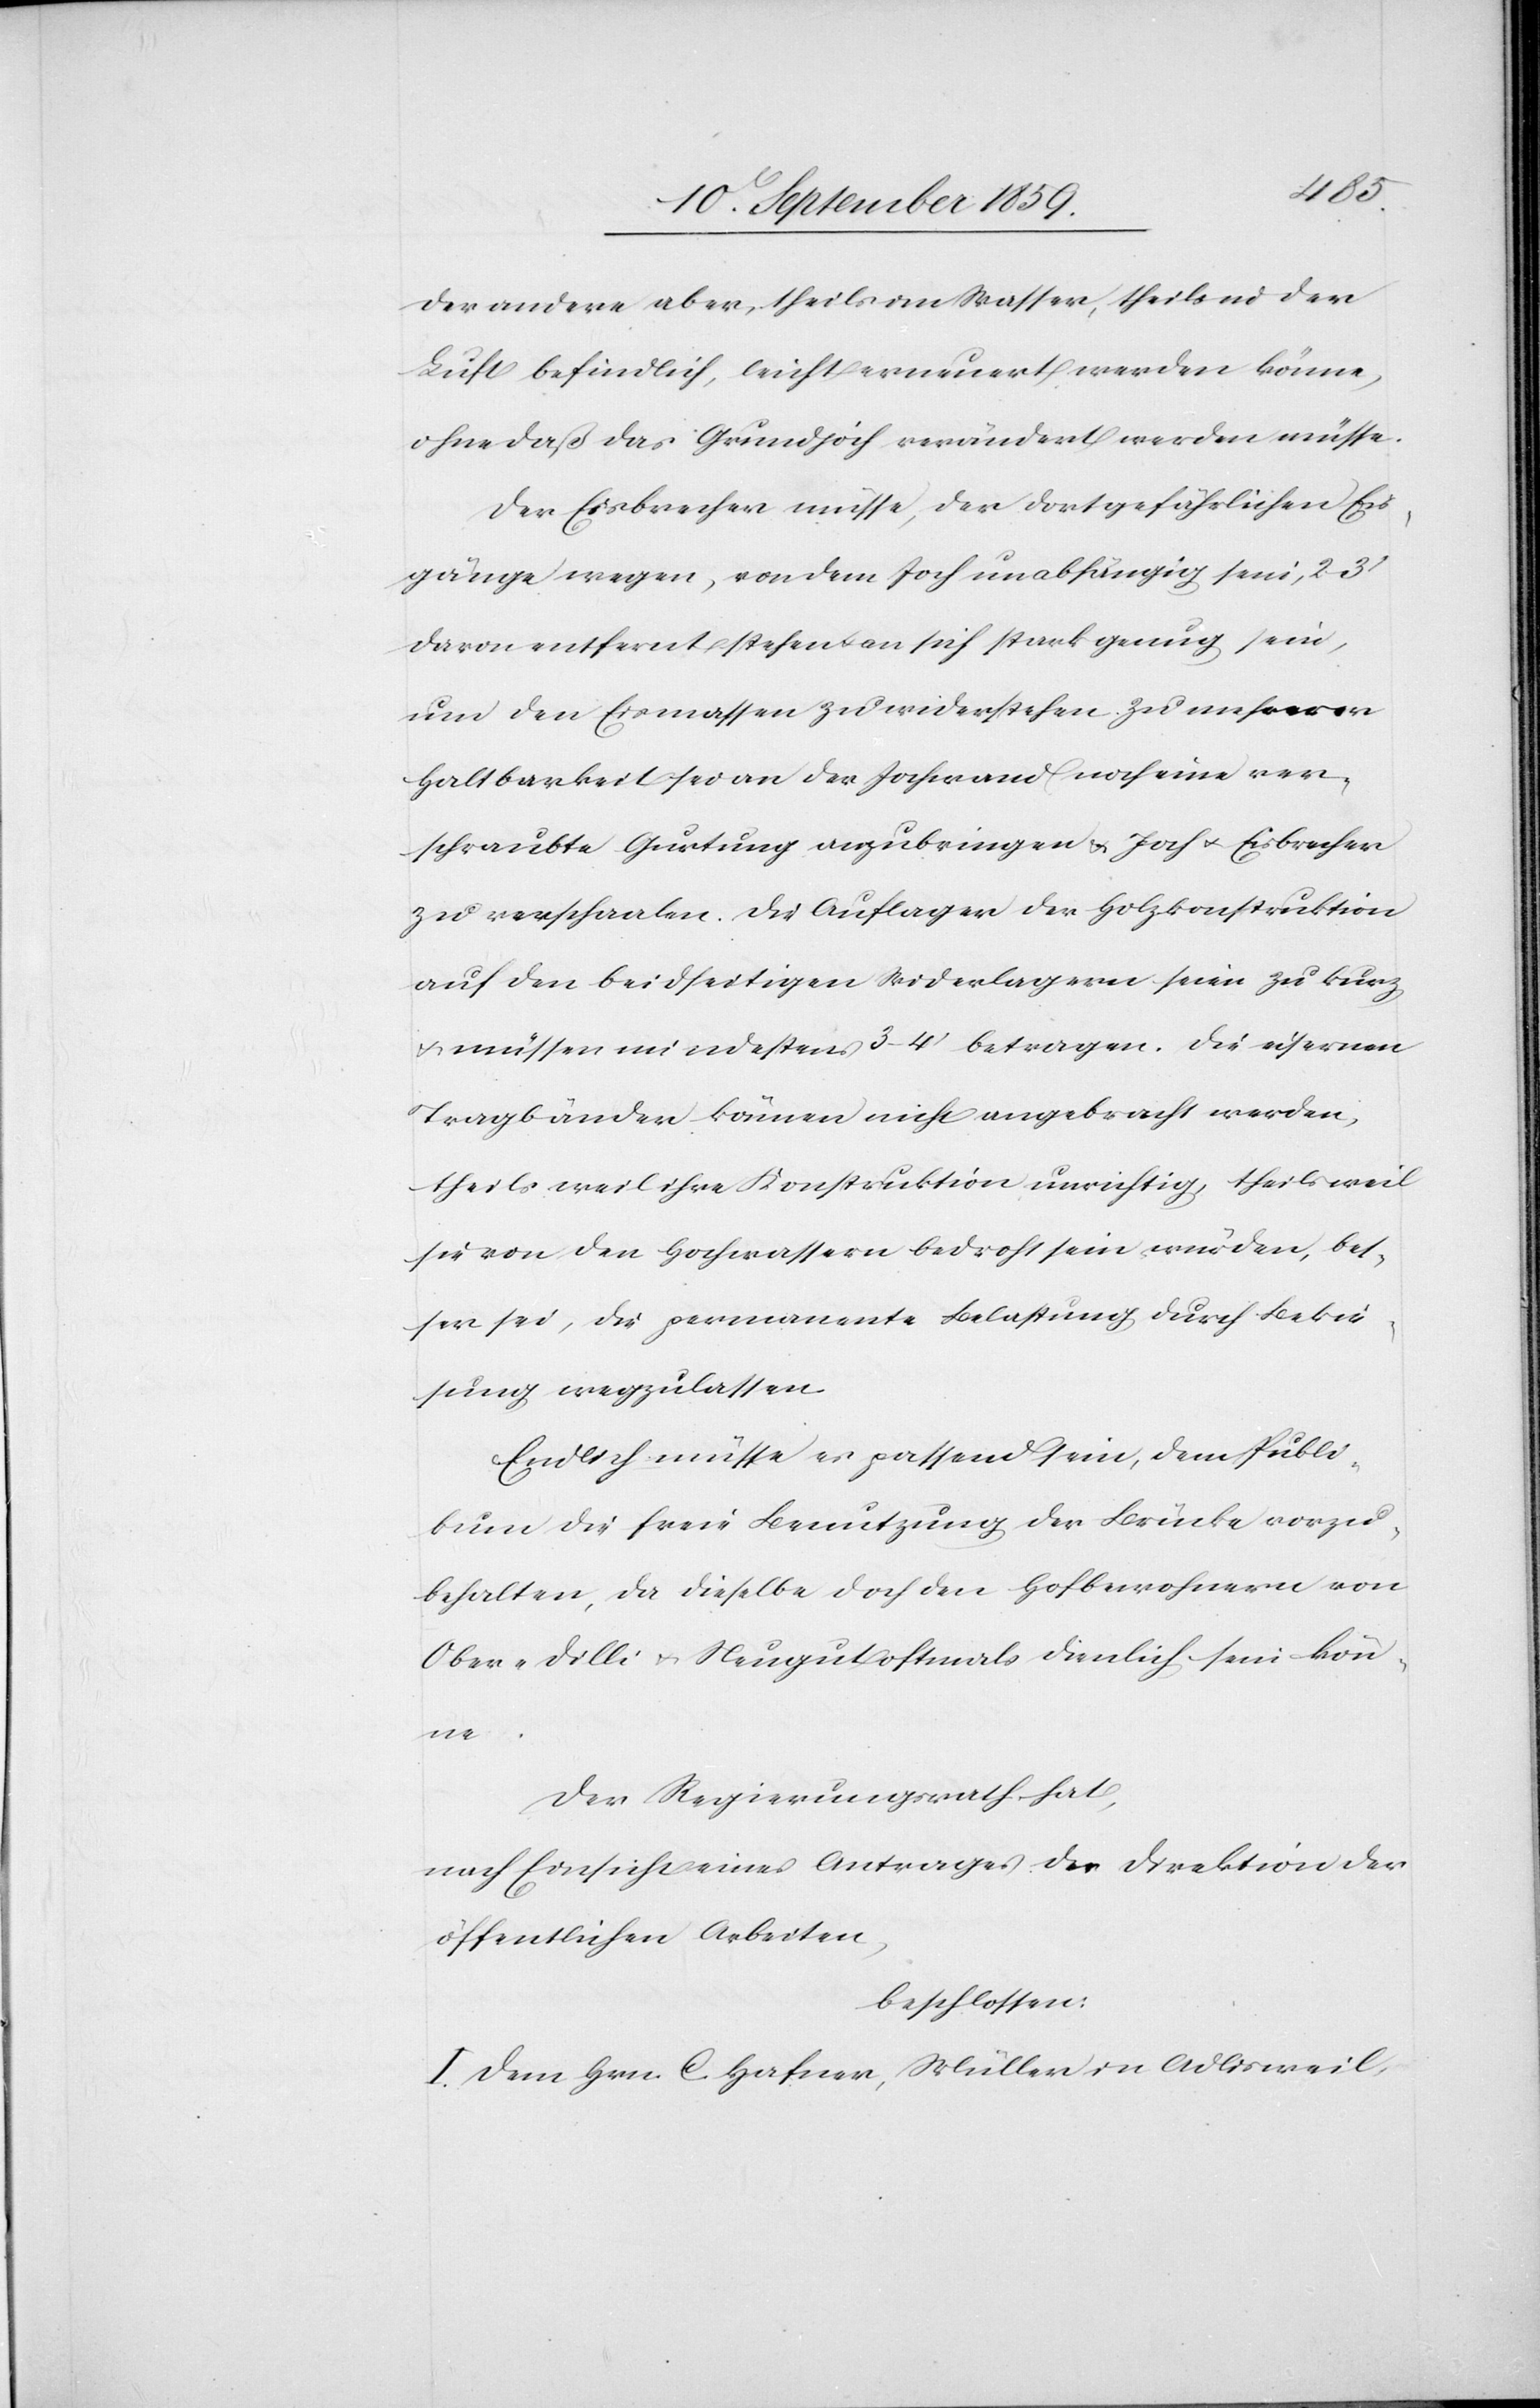
der andere aber, theils im Wasser, theils in der
Luft befindlich, leicht erneuert werden könne,
ohne daß das Grundjoch verändert werden müsse.
Der Eisbrecher müsse, der dort gefährlichen Eis¬
gänge wegen, von dem Joch unabhängig sein, 2–3’
davon entfernt stehen & an sich stark genug sein,
nur den Eismassen zu widerstehen. Zu unserer
Haltbarkeit sei an der Jochwand noch eine ver¬
schraubte Gurtung anzubringen & Joch & Eisbrecher
zu verschaalen. Die Auflager der Holzkonstruktion
auf den Beidseitigen Widerlagern seien zu kurz
& müssen mindestens 3–4’ betragen. Die eisernen
Tragbänder können nicht angebracht werden,
theils weil ihre Konstruktion unrichtig, theils weil
sie von den Hochwassern bedroht sein würden, bes¬
ser sei, die permanente Belastung durch Bekie¬
sung wegzulassen.
Endlich müsse es passend sein, dem Publi¬
kum die freie Benutzung der Brücke vorzu¬
behalten, da dieselbe doch den Hofbewohnern von
Ober-Dilli & Neugut oftmals dienlich sein kön¬
ne.
Der Regierungsrath hat,
nach Einsicht eines Antrags der Direktion der
öffentlichen Arbeiten,
beschlossen:
I. Dem Hrn. C. Hafner, Müller in Adlisweil,